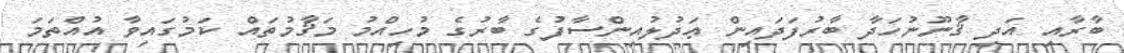
ބާރާއި އަދި ޤާނޫނުހަދާ ބާރުފަދައިން ޢަދުލުއިންސާފުގެ ބާރުގެ މުހިއްމު މަޤާމުތައް ކަމުގައިވާ އުއްތަމަ